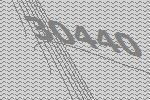
30440